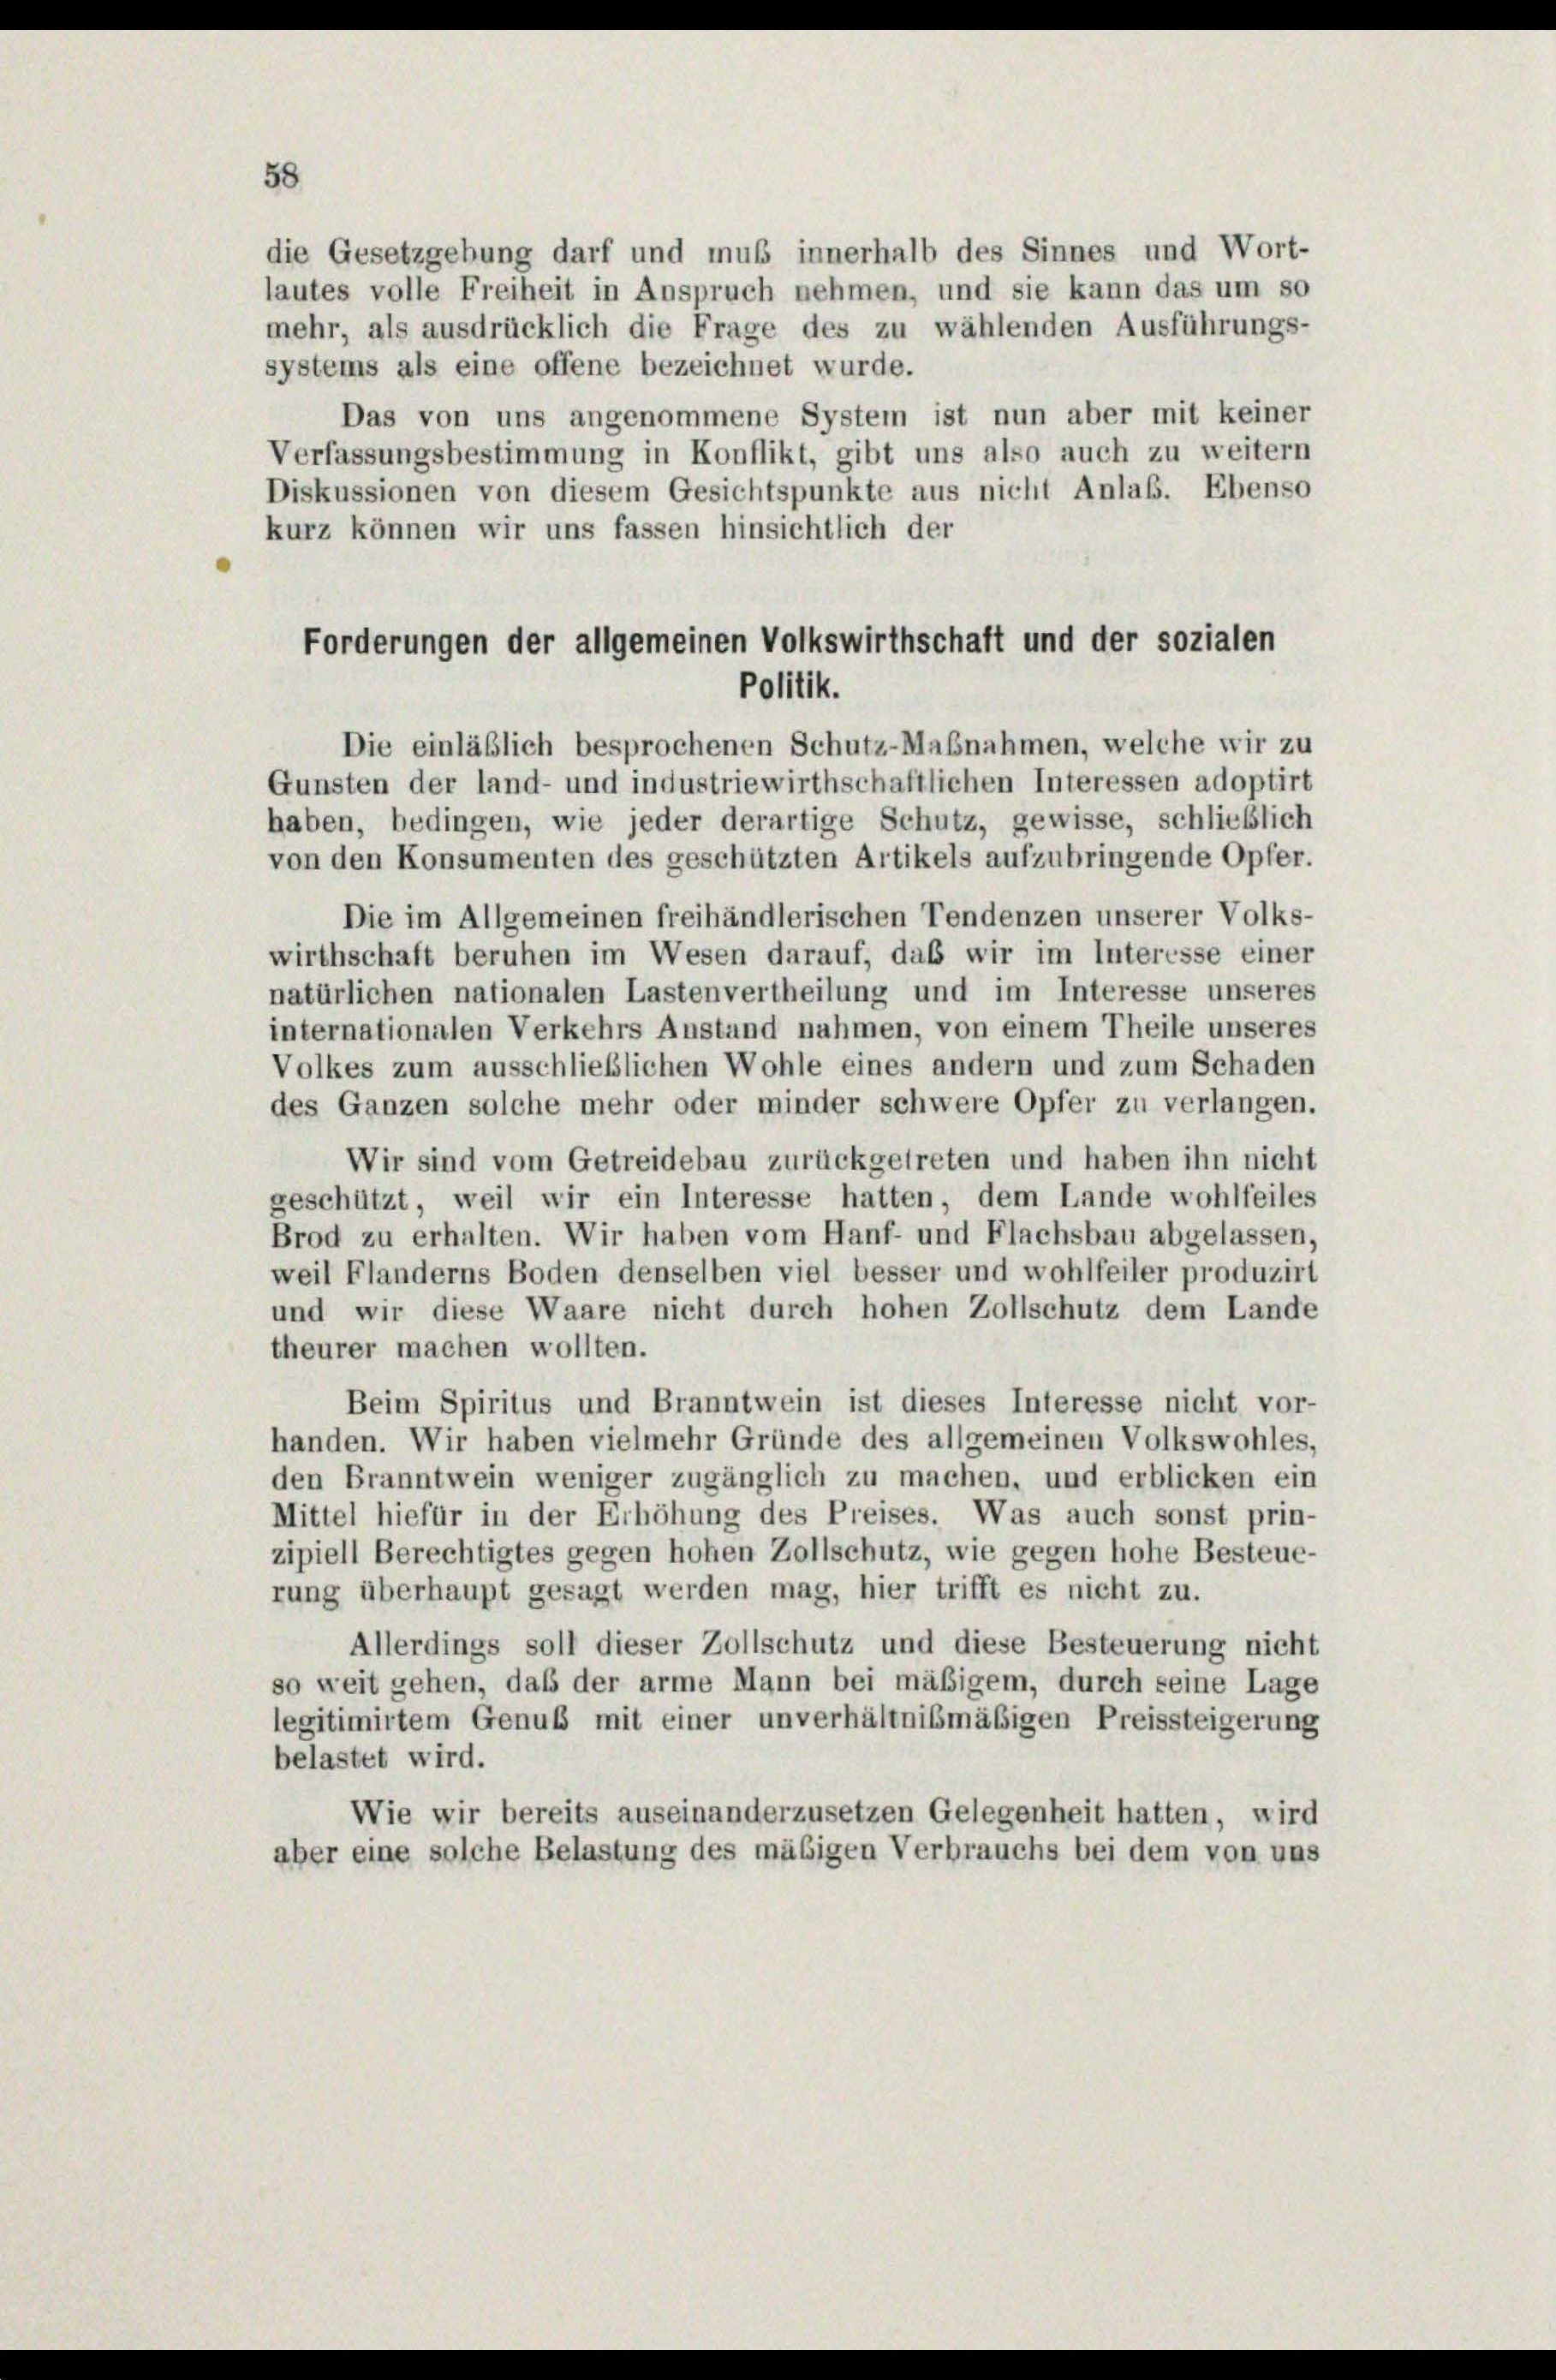
58
die Gesetzgebung darf und muß innerhalb des Sinnes und Wort-
lautes volle Freiheit in Anspruch nehmen, und sie kann das um so
mehr, als ausdrücklich die Frage des zu wählenden Ausführungs-
systems als eine offene bezeichnet wurde.
Das von uns angenommene System ist nun aber mit keiner
Verfassungsbestimmung in Konflikt, gibt uns also auch zu weitern
Diskussionen von diesem Gesichtspunkte aus nicht Anlaß. Ebenso
kurz können wir uns fassen hinsichtlich der
Die einläßlich besprochenen Schutz-Maßnahmen, welche wir zu
Gunsten der land- und industriewirthschaftlichen Interessen adoptirt
haben, bedingen, wie jeder derartige Schutz, gewisse, schließlich
von den Konsumenten des geschützten Artikels aufzubringende Opfer.
Die im Allgemeinen freihändlerischen Tendenzen unserer Volks-
wirthschaft beruhen im Wesen darauf, daß wir im Interesse einer
natürlichen nationalen Lastenvertheilung und im Interesse unseres
internationalen Verkehrs Anstand nahmen, von einem Theile unseres
Volkes zum ausschließlichen Wohle eines andern und zum Schaden
des Ganzen solche mehr oder minder schwere Opfer zu verlangen.
Wir sind vom Getreidebau zurückgetreten und haben ihn nicht
geschützt, weil wir ein Interesse hatten, dem Lande wohlfeiles
Brod zu erhalten. Wir haben vom Hanf- und Flachsbau abgelassen,
weil Flanderns Boden denselben viel besser und wohlfeiler produzirt
und wir diese Waare nicht durch hohen Zollschutz dem Lande
theurer machen wollten.
Beim Spiritus und Branntwein ist dieses Interesse nicht vor-
handen. Wir haben vielmehr Gründe des allgemeinen Volkswohles,
den Branntwein weniger zugänglich zu machen, und erblicken ein
Mittel hiefür in der Erhöhung des Preises. Was auch sonst prin-
zipiell Berechtigtes gegen hohen Zollschutz, wie gegen hohe Besteue-
rung überhaupt gesagt werden mag, hier trifft es nicht zu.
Allerdings soll dieser Zollschutz und diese Besteuerung nicht
so weit gehen, daß der arme Mann bei mäßigem, durch seine Lage
legitimirtem Genuß mit einer unverhältnißmäßigen Preissteigerung
belastet wird.
Wie wir bereits auseinanderzusetzen Gelegenheit hatten, wird
aber eine solche Belastung des mäßigen Verbrauchs bei dem von uns

Forderungen der allgemeinen Volkswirthschaft und der sozialen
Politik.